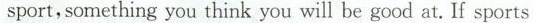
sport, something you think you will be good at. If sports